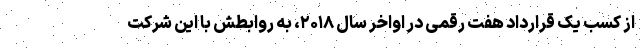
از کسب یک قرارداد هفت رقمی در اواخر سال ۲۰۱۸، به روابطش با این شرکت